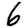
Digit: 6